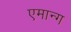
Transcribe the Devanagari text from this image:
एमान्ग